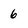
Character: 6